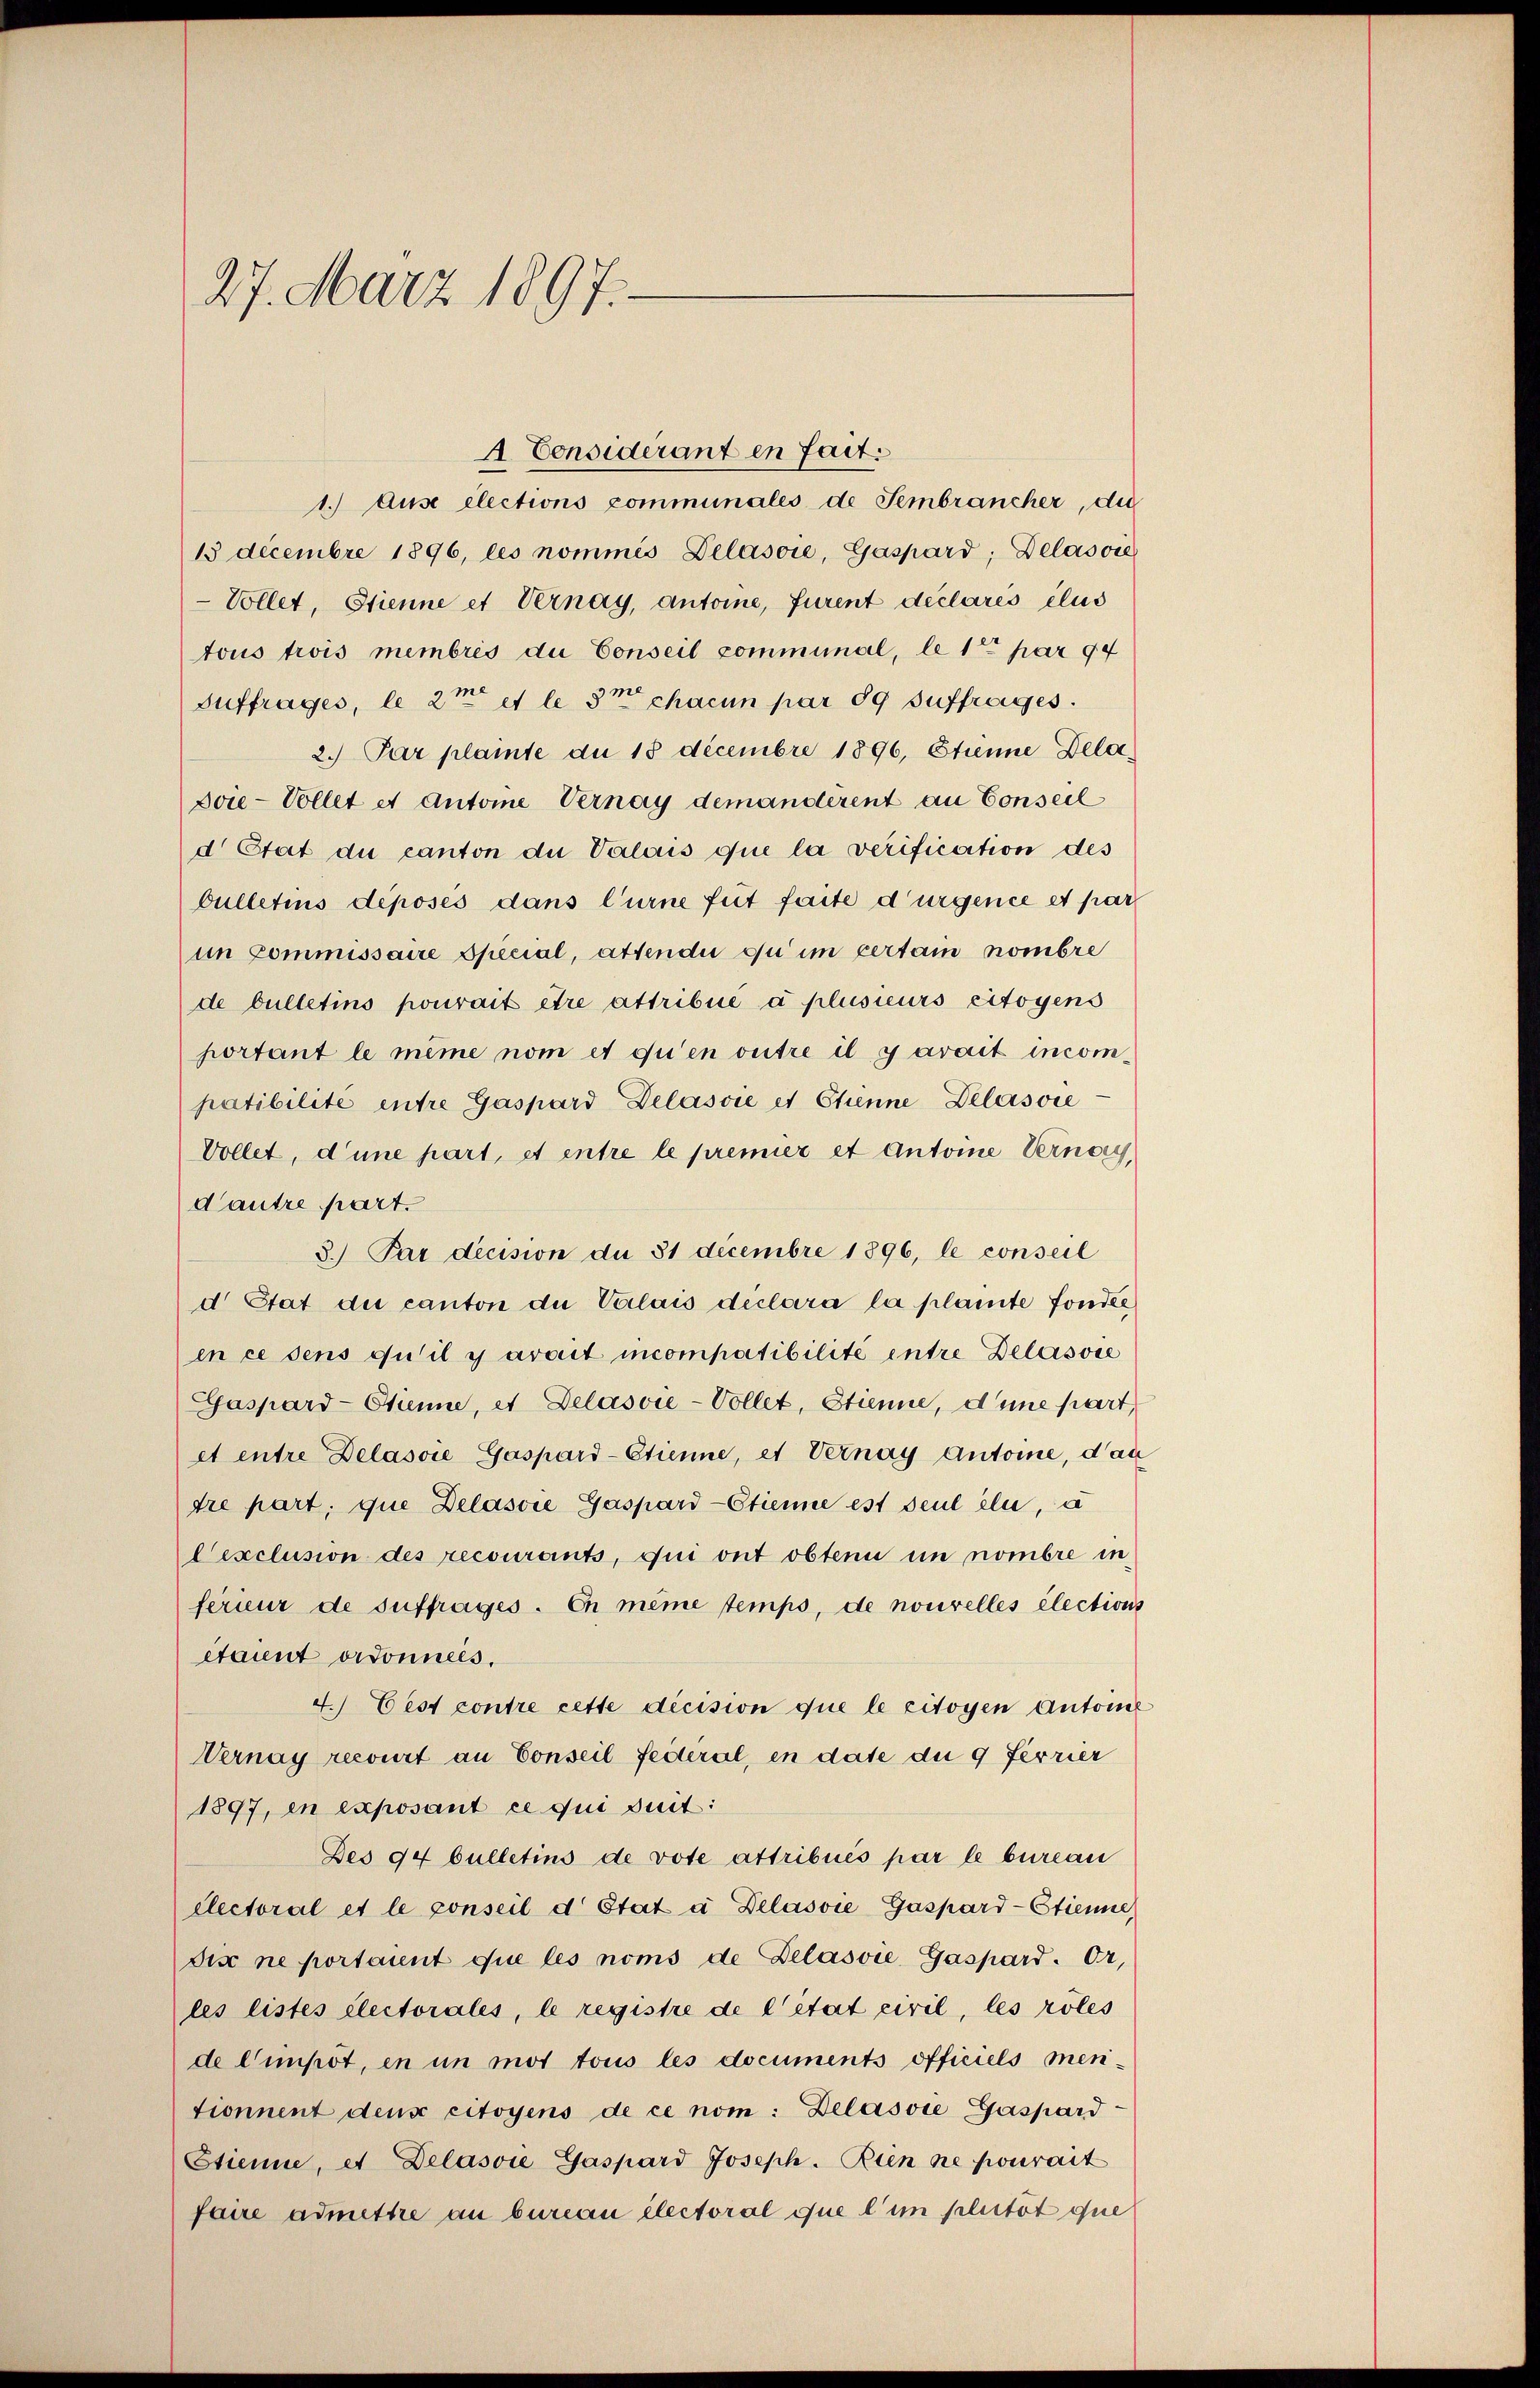
27. März 1897.

A Considerant en fait.
1.) Ause elections communales de Sembrancher, die
13 decembre 1896, les nommés Delasie, Gaspard; Delassie
-Vollet, Stienne et Vernay, antone, Furent déclarés clus
tous trois membris du Conseil communal, le 1te par 94
Suffrages, le 2ten et le de chacun par 89 Suffrages.
2. Par plainte du 18 decembre 1896, Etienne Dela¬
Joie-Vollet es Antone Vernay demanderent an Conseil
d Etat du canton die Valais que la verification des
bulletins déposés dans Curne fut faite d’urgence et par
im Commissaire Special, attendii du im pertain nombre
de bulletins pourait être attribué à plusieurs citoyens
portant le même nom et qu’en outre il y avait incompatibilité entre Gaspard Delásvie et Etienne Delassie
Vollet, d’une part, et entre le premier et Antoine Vernay,
d’autre part.
3.) Par decision du 31 decembre 1896, le conseil
d Stat die canton du Valais declara la plante fonder
en ce sens qu’il y avait incompatibilité entre Delassie
Gaspard-Etienne, et Delasvić-Vollet, Stienne, d’une part
et entre Delassie Gaspard-Etienne, et Vernay Antone, dan
dre part, que Delasie Gaspard-Etienne est seul eli, u
Cexclusion des recourants, qui ont obten in nombre in
férieur de suffrages. En même temps, de nouvelles élections
etaunt ordonnels.
4.) Eest contre cette dicision que le citoyen Antone
Vernay recourt an Conseil federal, in date du 9 Ferrier
1897, en exposant ce qui suit:
Des 94 bulletins de vote attribués par le bureau
électoral et le conseil d Etat à Delásvie Gaspard-Etienne
dix ne portant que les noms de Delasvie, Gaspard. Or,
les listes Electorales, le registre de l’état civil, les röles
de l’impôt, in in mot tous les documents officiels mentionnent deux citoyens de ce nom: Belasvie Gaspard
Etienne, et Delasvie Gaspard Joseph. Zien ne pourait
faire admettre an bureau electoral que l’im plutöt que